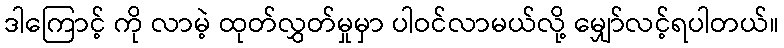
ဒါကြောင့် ကို လာမဲ့ ထုတ်လွှတ်မှုမှာ ပါဝင်လာမယ်လို့ မျှော်လင့်ရပါတယ်။